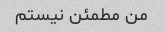
من مطمئن نیستم